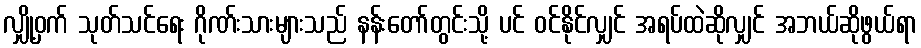
လျှို့ဝှက် သုတ်သင်ရေး ဂိုဏ်းသားများသည် နန်းတော်တွင်းသို့ ပင် ဝင်နိုင်လျှင် အရပ်ထဲဆိုလျှင် အဘယ်ဆိုဖွယ်ရာ